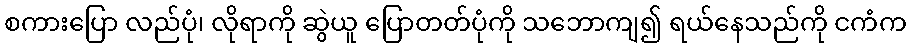
စကားပြော လည်ပုံ၊ လိုရာကို ဆွဲယူ ပြောတတ်ပုံကို သဘောကျ၍ ရယ်နေသည်ကို ငကံက